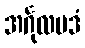
အင်္ဂုလပဒံ